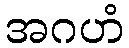
အဂဟံ